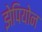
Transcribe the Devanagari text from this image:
झेपियोन